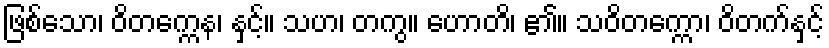
ဖြစ်သော၊ ဝိတက္ကေန၊ နှင့်။ သဟ၊ တကွ။ ဟောတိ၊ ၏။ သဝိတက္ကော၊ ဝိတက်နှင့်